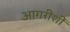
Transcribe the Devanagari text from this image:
आगरीशीं